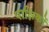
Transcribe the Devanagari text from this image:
पाक्षिकों